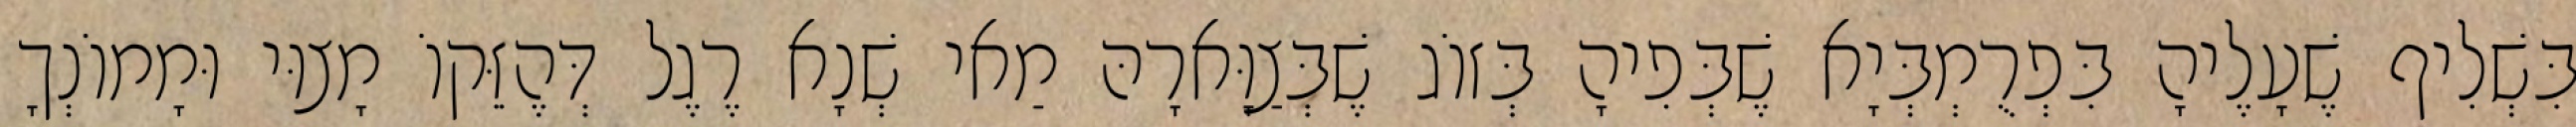
בִּשְׁלִיף שֶׁעָלֶיהָ בִּפְרֻמְבְּיָא שֶׁבְּפִיהָ בְּזוֹג שֶׁבְּצַוָּארָהּ מַאי שְׁנָא רֶגֶל דְּהֶזֵּקוֹ מָצוּי וּמָמוֹנְךָ